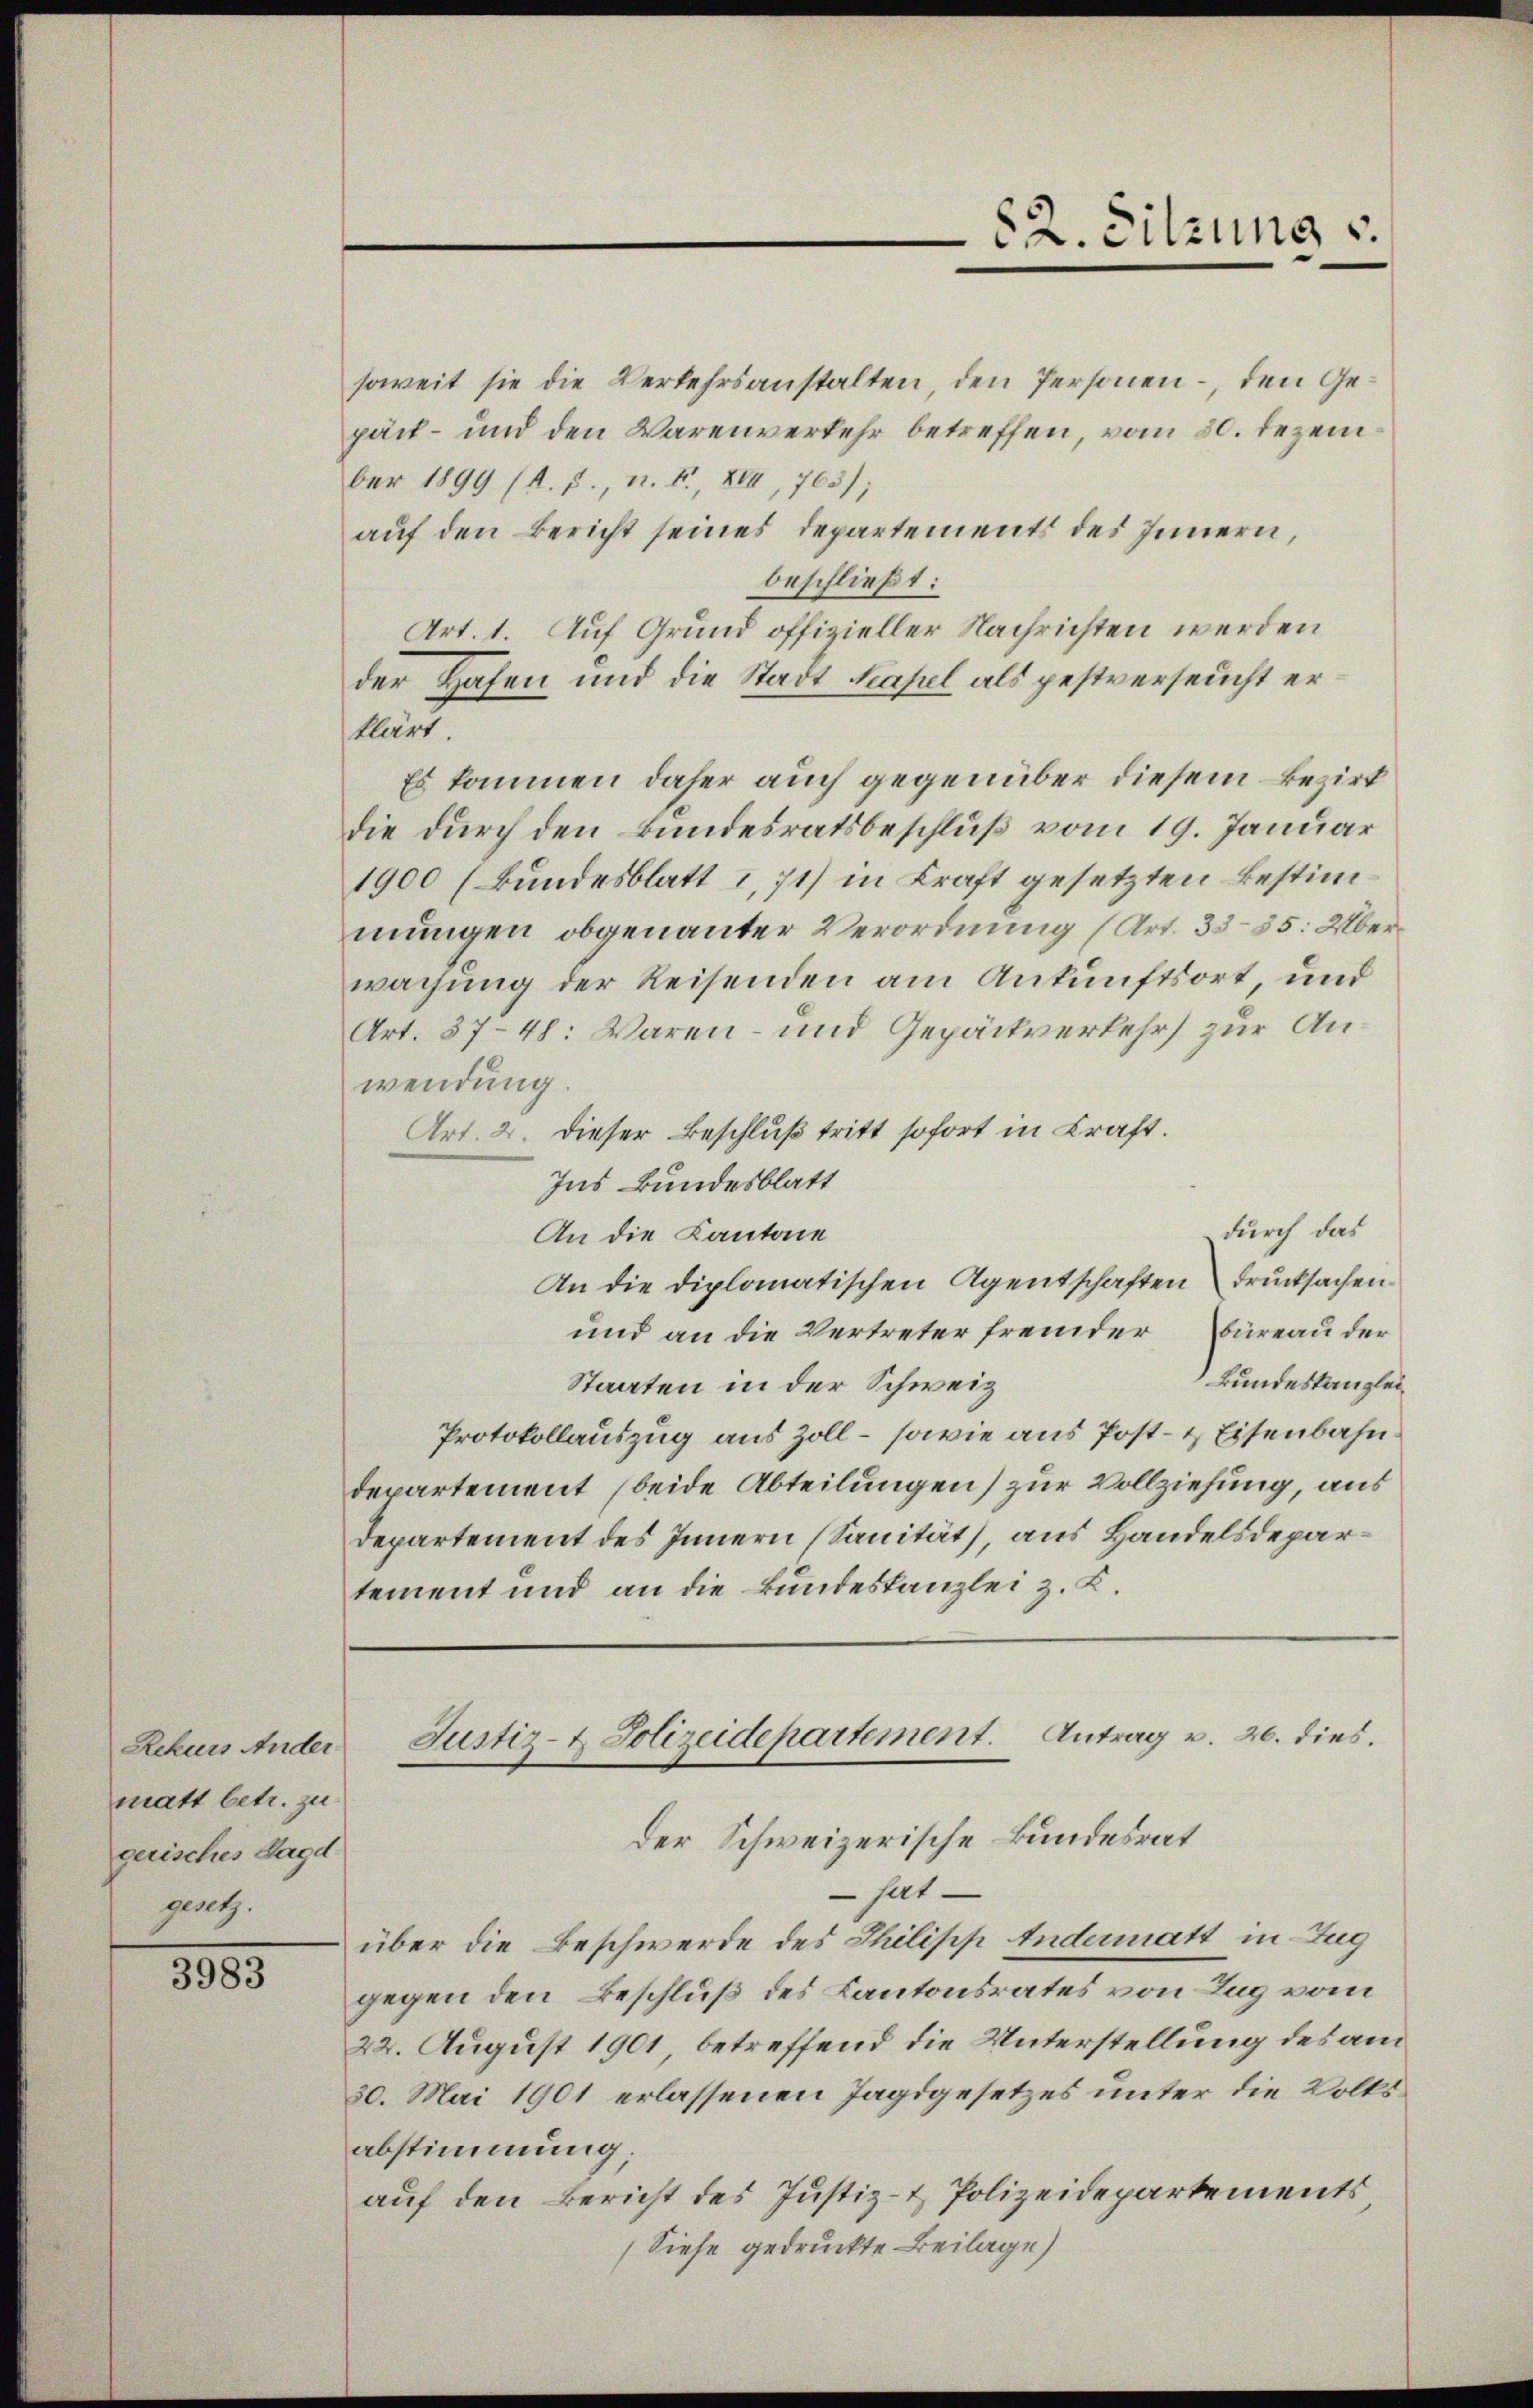
Rekurs Ander
matt betr. zu
gerisches Jagd
gesetz.

3983

soweit sie die Verkehrsanstalten, den Personen – den Gepäck – und den Warenverkehr betreffen, vom 30. Dezem
ber 1899 (A. J., n. F., XIII, 1763);
auf den Bericht seines Departements des Innern,
beschließt:
Art. 1. Auf Grund offizieller Nachrichten werden
der Hafen und die Stadt Kapel als pestverseucht er
Mirt.
Es kommen daher auch gegenüber diesem Bezirk
die durch den Bundesratsbeschluß vom 19. Januar
1900 (Bundesblatt I, 71) in Kraft gesetzten Bestimmungen obgenannter Verordnung (Art. 3335. Überwachung der Reisenden am Ankunftsort und
Art. 37-48: Waren- und Gepäckverkehrs zur Anwendung.
Art. 2. dieser Beschluß tritt sofort in Kraft.
Ins Bundesblatt
durch das
An die Kantone
An die diplomatischen Agentschaften drucksachen
und an die Vertreter fremder Büreau der
Bundeskanzlei,
Staaten in der Schweiz
Protokollauszug aus Zoll – sowie aus Post- & Eisenbahn
departement (beide Abteilungen) zur Vollziehung, aus
Departement des Innern (Sanität, aus Handelsdepartement und an die Bundeskanzlei z. K.
Justiz- & Polizeidepartement. Antrag v. 26. dies.
Der Schweizerische Bundesrat
 hat
über die Beschwerde des Philipp Andermatt in Zug
gegen den Beschluß des Kantonsrates von Zug vom
22. August 1901, betreffend die Unterstellung des am
30. Mai 1901 erlassenen Tagsgesetzes unter die Volksabstimmung;
auf den Bericht des Justiz- & Polizeidepartements
(Siehe gedruckte Beilage)

82. Sitzung